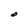
Character: O